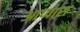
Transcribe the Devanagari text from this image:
आप्पास